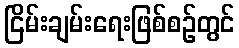
ငြိမ်းချမ်းရေးဖြစ်စဉ်တွင်